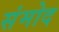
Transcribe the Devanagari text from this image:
संमोद